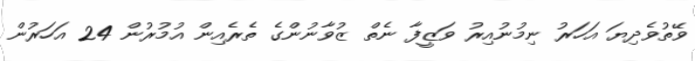
ވޭތުވެދިޔަ އަހަރު ނިމުނުއިރު ވަޒީފާ ނެތް ޒުވާނުންގެ ތެރެއިން އުމުރުން 24 އަހަރުން